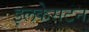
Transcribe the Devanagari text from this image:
इलकेसटन